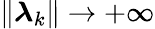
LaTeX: \| \boldsymbol{\lambda}_{k}\| \rightarrow+\infty